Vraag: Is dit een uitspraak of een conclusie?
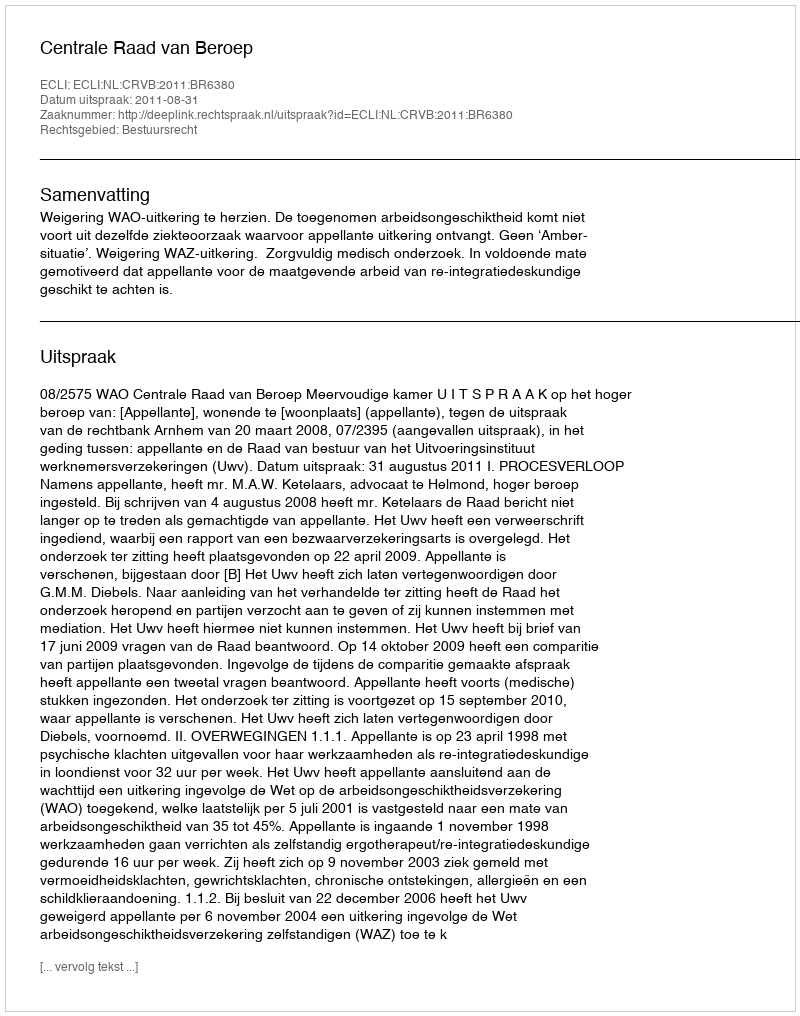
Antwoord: Uitspraak